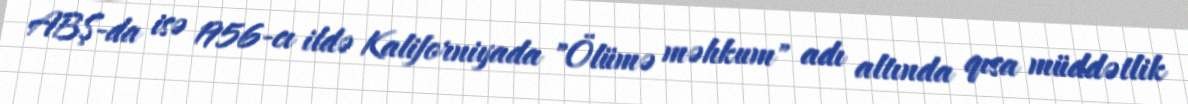
ABŞ-da isə 1956-cı ildə Kaliforniyada "Ölümə məhkum" adı altında qısa müddətlik